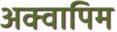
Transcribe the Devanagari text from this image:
अक्वापिम